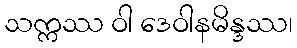
သက္ကဿ ဝါ ဒေဝါနမိန္ဒဿ၊